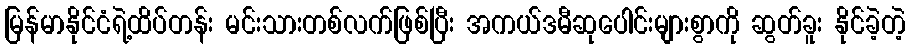
မြန်မာနိုင်ငံရဲ့ထိပ်တန်း မင်းသားတစ်လက်ဖြစ်ပြီး အကယ်ဒမီဆုပေါင်းများစွာကို ဆွတ်ခူး နိုင်ခဲ့တဲ့